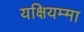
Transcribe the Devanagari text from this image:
यक्षियम्मा